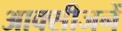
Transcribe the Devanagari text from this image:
आक्सीजनें